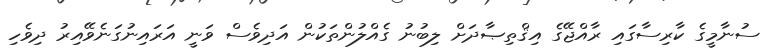
ސުނާމީގެ ކާރިސާގައި ރާއްޖޭގެ އިޤްތިޞާދަށް ލިބުނު ގެއްލުންތަކުން އަދިވެސް ވަނީ އަރައިނުގަނެވޭއިރު ދިވެހި